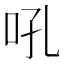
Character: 吼